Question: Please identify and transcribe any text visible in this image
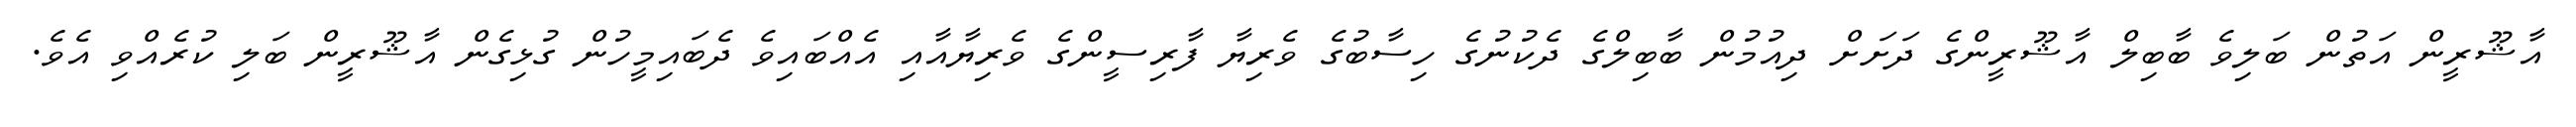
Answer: އާޝޫރީން އަތުން ބަލިވެ ބާބިލް އާޝޫރީންގެ ދަށަށް ދިއުމުން ބާބިލްގެ ދެކުނުގެ ހިސާބުގެ ވެރިޔާ ފާރިސީންގެ ވެރިޔާއާއި އެއްބައިވެ ދެބައިމީހުން ގުޅިގެން އާޝޫރީން ބަލި ކުރެއްވި އެވެ.